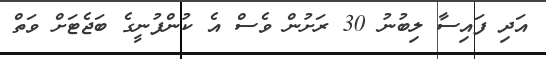
އަދި ފައިސާ ލިބުނު 30 ރަށުން ވެސް އެ ކުންފުނީގެ ބަޖެޓަށް ވަތް